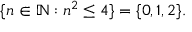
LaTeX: \{ n \in \mathbb { N } : n ^ { 2 } \leq 4 \} = \{ 0 , 1 , 2 \} .